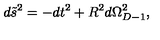
d \tilde { s } ^ { 2 } = - d t ^ { 2 } + R ^ { 2 } d \Omega _ { D - 1 } ^ { 2 } ,